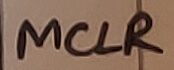
Text: MCLR